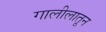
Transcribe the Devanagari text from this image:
गालीलातून